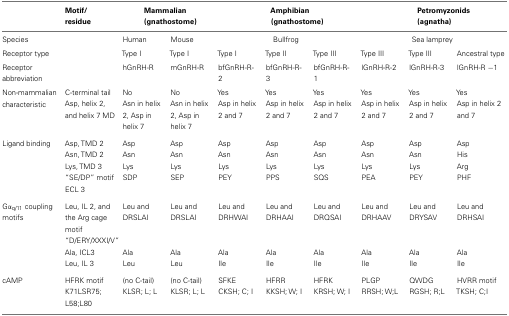
|  | Motif/residue | <COLSPAN=2> Mammalian (gnathostome) | <COLSPAN=3> Amphibian (gnathostome) | <COLSPAN=3> Petromyzonids (agnatha) |
 | --- | --- | --- | --- | --- | --- | --- | --- | --- | --- |
 | Species |  | Human | Mouse | <COLSPAN=3> Bullfrog | <COLSPAN=3> Sea lamprey |
 | Receptor type |  | Type I | Type I | Type I | Type II | Type III | Type III | Type III | Ancestral type |
 | Receptor abbreviation |  | hGnRH-R | mGnRH-R | bfGnRH-R-2 | bfGnRH-R-3 | bfGnRH-R-1 | lGnRH-R-2 | lGnRH-R-3 | lGnRH-R −1 |
 | Non-mammaliancharacteristic | C-terminal tailAsp, helix 2,and helix 7 MD | NoAsn in helix 2, Asp inhelix 7 | NoAsn in helix 2, Asp inhelix 7 | YesAsp in helix2 and 7 | YesAsp in helix2 and 7 | YesAsp in helix2 and 7 | YesAsp in helix2 and 7 | YesAsp in helix2 and 7 | YesAsp in helix2 and 7 |
 | Ligand binding | Asp, TMD 2 | Asp | Asp | Asp | Asp | Asp | Asp | Asp | Asp |
 |  | Asn, TMD 2 | Asn | Asn | Asn | Asn | Asn | Asn | Asn | His |
 |  | Lys, TMD 3 | Lys | Lys | Lys | Lys | Lys | Lys | Lys | Arg |
 |  | “SE/DP” motif ECL 3 | SDP | SEP | PEY | PPS | SQS | PEA | PEY | PHF |
 | Gαq/11 coupling motifs | Leu, IL 2, and the Arg cage motif “D/ERY/XXXI/V” | Leu and DRSLAI | Leu and DRSLAI | Leu and DRHWAI | Leu and DRHAAI | Leu and DRQSAI | Leu and DRHAAV | Leu and DRYSAV | Leu and DRHSAI |
 |  | Ala, ICL3 | Ala | Ala | Ala | Ala | Ala | Ala | Ala | Ala |
 |  | Leu, IL 3 | Leu | Leu | Ile | Ile | Ile | Ile | Ile | Ile |
 | cAMP | HFRK motif | (no C-tail) | (no C-tail) | SFKE | HFRR | HFRK | PLGP | QWDG | HVRR motif |
 |  | K71LSR75; L58;L80 | KLSR; L; L | KLSR; L; L | CKSH; C; I | KKSH; W; I | KRSH; W; I | RRSH; W;L | RGSH; R;L | TKSH; C;I |